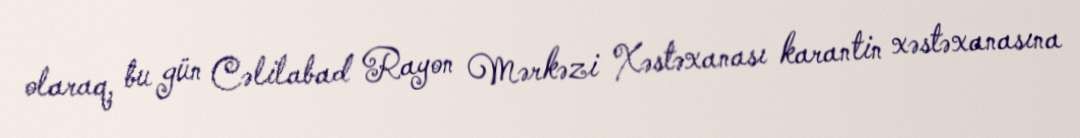
olaraq, bu gün Cəlilabad Rayon Mərkəzi Xəstəxanası karantin xəstəxanasına